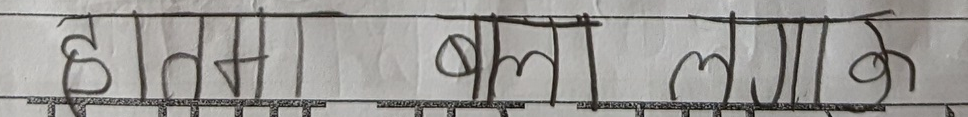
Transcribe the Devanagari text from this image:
हातमा बल लगाएर